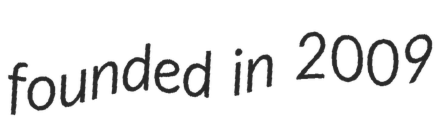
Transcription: founded in 2009